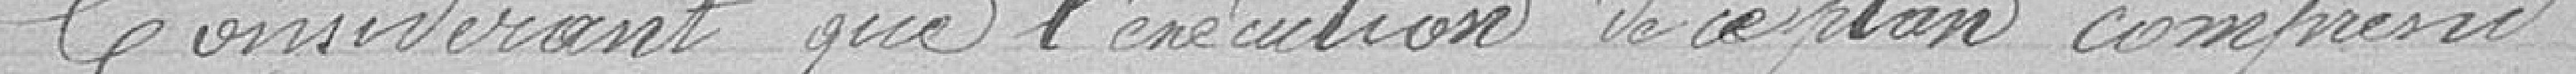
considérant que l'exécution de ce plan comprenant